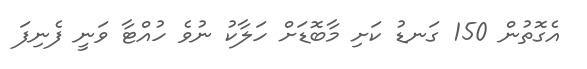
އެގޮތުން 150 ގަނޑު ކަށި މާބޮޑަށް ހަލާކު ނުވެ ހުއްޓާ ވަނީ ފެނިފަ